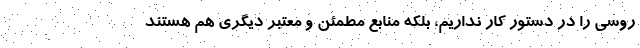
روسی را در دستور کار نداریم، بلکه منابع مطمئن و معتبر دیگری هم هستند